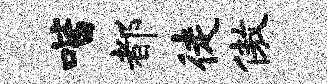
喈都徒傲